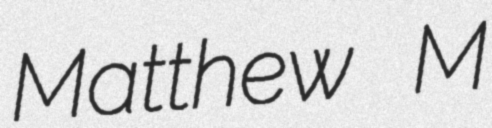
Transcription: Matthew M